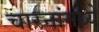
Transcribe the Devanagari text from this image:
चारनांमध्ये